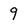
Character: 9